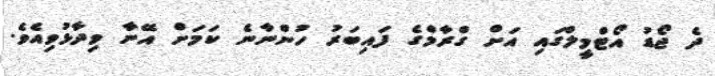
ދެ ޖޯޑު އޯޓްމީލްގައި އަށް ގްރާމްގެ ފައިބަރު ހުންނާނެ ކަމަށް އޭނާ ވިދާޅުވިއެވެ.